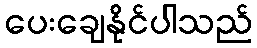
ပေးချေနိုင်ပါသည်